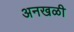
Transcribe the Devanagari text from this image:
अनखळी